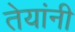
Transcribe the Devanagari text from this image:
तेयांनी